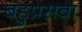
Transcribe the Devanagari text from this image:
बहुप्रसवा